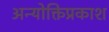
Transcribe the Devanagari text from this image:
अन्योक्तिप्रकाश